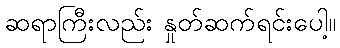
ဆရာကြီးလည်း နှုတ်ဆက်ရင်းပေါ့။